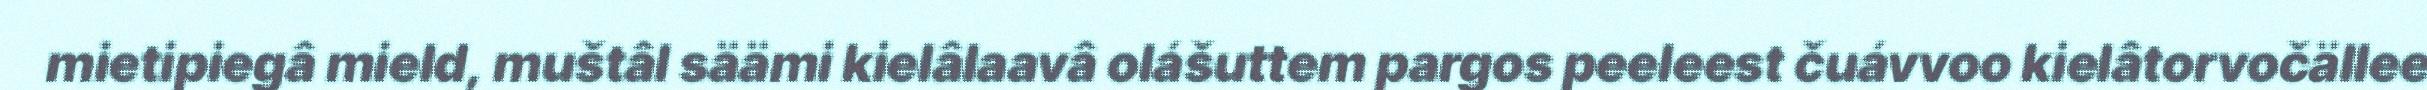
mietipiegâ mield, muštâl säämi kielâlaavâ olášuttem pargos peeleest čuávvoo kielâtorvočällee